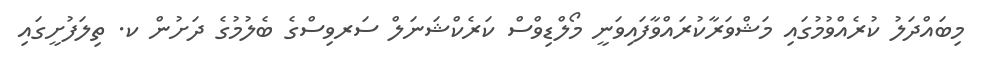
މިބައްދަލު ކުރެއްވުމުގައި މަޝްވަރާކުރައްވާފައިވަނީ މޯލްޑިވްސް ކަރެކްޝަނަލް ސަރވިސްގެ ބެލުމުގެ ދަށުން ކ. ތިލަފުށީގައި